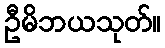
ဦမိဘယသုတ်။